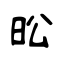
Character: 昖